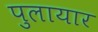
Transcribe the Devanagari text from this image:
पुलायार